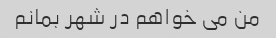
من می خواهم در شهر بمانم